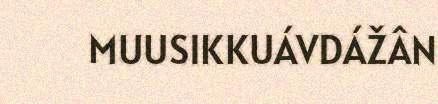
MUUSIKKUÁVDÁŽÂN